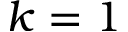
k = 1